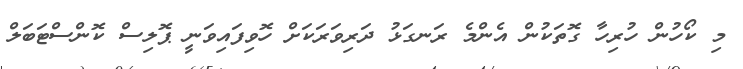
މި ކޯހުން ހުރިހާ ގޮތަކުން އެންމެ ރަނގަޅު ދަރިވަރަކަށް ހޮވިފައިވަނީ ޕޮލިސް ކޮންސްޓަބަލް